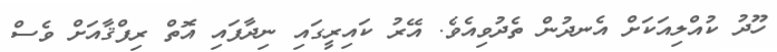
ހޫދު ކުއްލިއަކަށް އެނދުން ތެދުވިއެވެ. އޭރު ކައިރީގައި ނިދާފައި އޮތް ރިފްޤާއަށް ވެސް